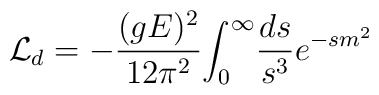
{\cal L}_{d} =- {\frac {(gE)^2}{12 \pi^2}} {\int_0}^{\infty} {\frac {ds}{s^3} e^{-sm^2}}